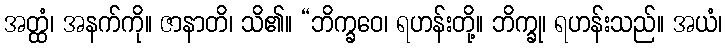
အတ္ထံ၊ အနက်ကို။ ဇာနာတိ၊ သိ၏။ “ဘိက္ခဝေ၊ ရဟန်းတို့။ ဘိက္ခု၊ ရဟန်းသည်။ အယံ၊